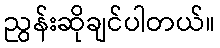
ညွန်းဆိုချင်ပါတယ်။